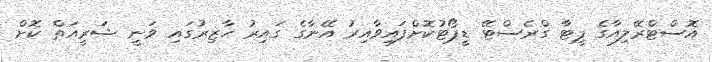
އޮސްޓްރޭލިއާގެ ޕީޓާ ގްރެސްޓޭ ޑީޕޯޓުކޮށްފައިވާއިރު އޭނާގެ ގައިރު ހާޒިރުގައި ވަަނީ ޝަރީއަތް ކޮށް